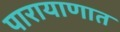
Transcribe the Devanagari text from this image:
पारायाणात